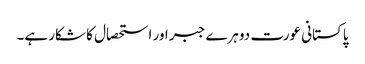
پاکستانی عورت دوہرے جبر اور استحصال کا شکار ہے۔